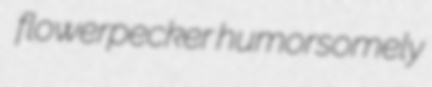
flowerpecker humorsomely